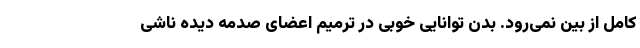
کامل از بین نمی‌رود. بدن توانایی خوبی در ترمیم اعضای صدمه دیده ناشی